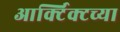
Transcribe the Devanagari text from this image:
आर्क्टिक्टच्या